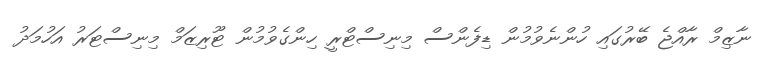
ނާޒިމް ރާއްޖެ ބޭރުގައި ހުންނެވުމުން ޑިފެންސް މިނިސްޓްރީ ހިންގެވުމުން ޓޫރިޒަމް މިނިސްޓަރު އަހުމަދު